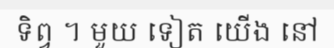
ទិព្វ ។ មួយ ទៀត យើង នៅ